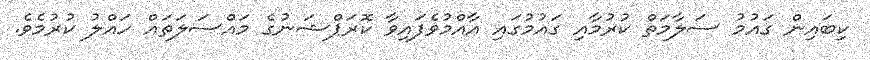
ކިބައިން ގައުމު ސަލާމަތް ކުރުމާއި ގައުމުގައި އާއްމުވެފައިވާ ކޮރަޕްޝަނުގެ މައްސަލަތައް ހައްލު ކުރުމެވެ.